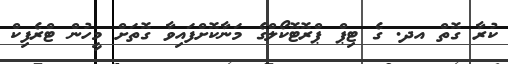
ކުރާ ގޮތް އދ. ގެ ޓިޕް ޕްރޮޓޮކޯލްގެ މަނާކޮށްފައިވާ ގޮތަށް މީހުން ޓްރެފިކް